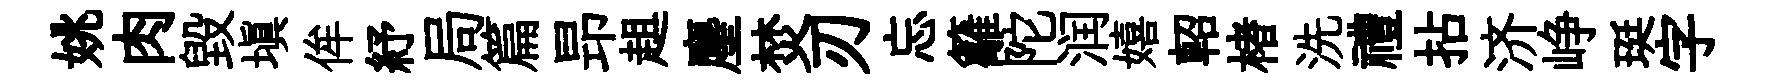
姚肉毀塡侔紓局篇昻趄麈焚刃忘籬陀润嬉軺楮洗禮拈济峥珽字